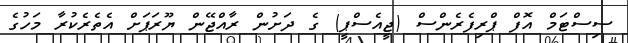
ސިސްޓަމް އޮފް ޕްރިފެރެންސް (ޖީއެސްޕީ) ގެ ދަށުން ރާއްޖޭން ޔޫރަޕަށް އެތެރެކުރާ މަހުގެ